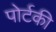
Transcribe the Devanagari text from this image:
पोर्टकी